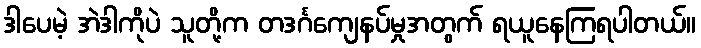
ဒါပေမဲ့ အဲဒါကိုပဲ သူတို့က တဒင်္ဂကျေနပ်မှုအတွက် ရယူနေကြရပါတယ်။